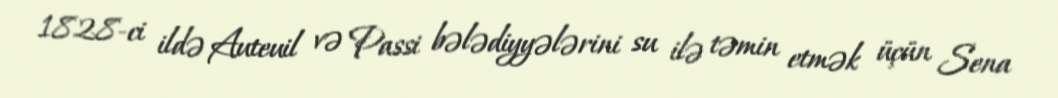
1828-ci ildə Auteuil və Passi bələdiyyələrini su ilə təmin etmək üçün Sena